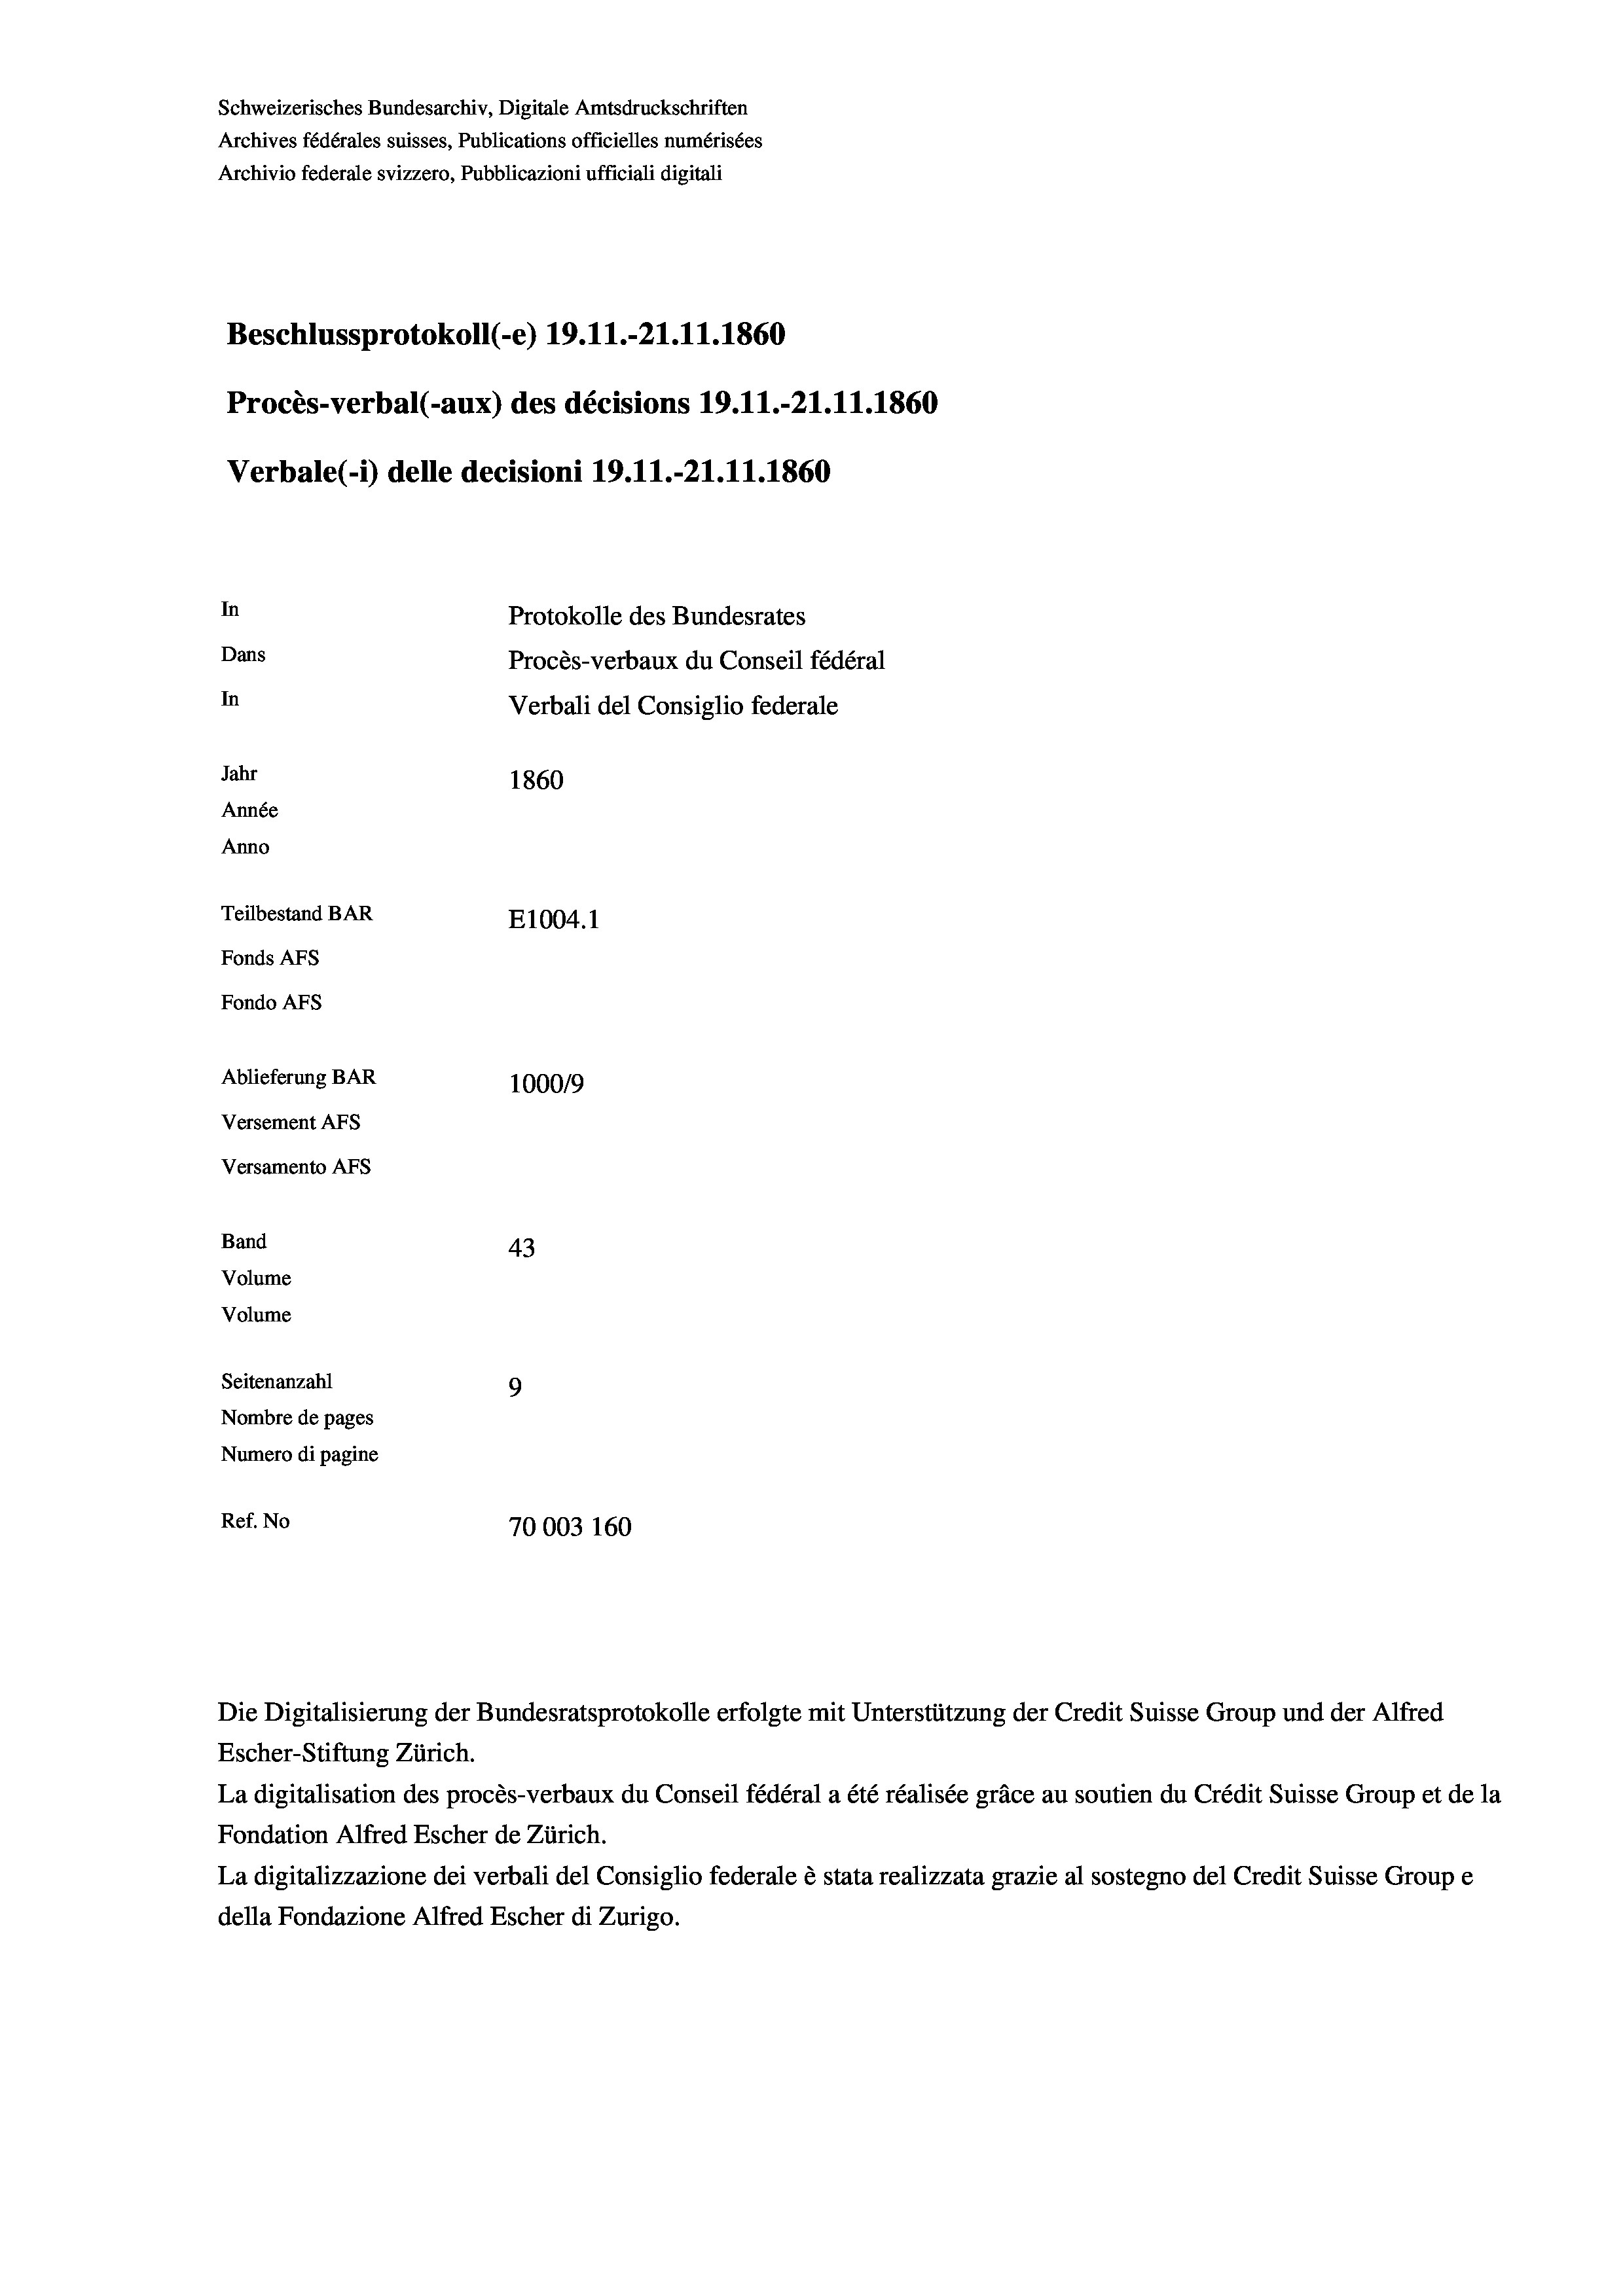
Schweizerisches Bundesarchiv, Digitale Amtsdruckschriften
Archives fédérales suisses, Publications officielles numérisées
Archivio federale svizzero, Pubblicazioni ufficiali digitali
Beschlussprotokoll (-e) 19.11.-21.11.1860
Procès-verbal (-aux) des décisions 19.11.-21.11.1860
Verbale (- 1) delle decisioni 19. 11.-21.11.1860
In
Protokolle des Bundesrates
Dans
Procès-verbaux du Conseil fédéral
In
Verbali del Consiglio federale
Jahr
1860
Année
Anno
Teilbestand BAR
E1004.1
Fonds Afs
Fondo Afs
Ablieferung BAR
100019
Versement Ans
Versamento Afs

43
Seitenanzahl
9
Nombre de pages
Numero di pagine
Ref. No
70003 160
Escher-Stiftung Zürich.

Band
Volume
Volume

La digitalisation des procès-verbaux du Conseil fédéral a été réalisée gräce au soutien du Crédit Suisse Group et de la
Fondation Alfred Escher de Zürich.
La digitalizzazione dei verbali del Consiglio federale è stata realizzata grazie al sostegno del Credit Suisse Groupe
della Fondazione Alfred Escher di Zurigo.

Die Digitalisierung der Bundesratsprotokolle erfolgte mit Unterstützung der Credit Suisse Group und der Alfred